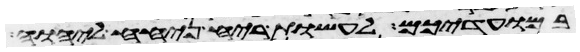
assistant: במועדיכם לעשות ריח ניחח ליהוה